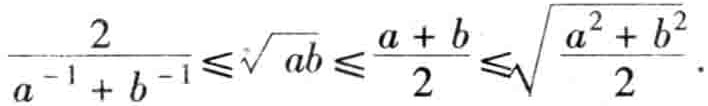
\frac{2}{a^{-1} + b^{-1}} \leqslant \sqrt{ab} \leqslant \frac{a + b}{2} \leqslant \sqrt{\frac{a^{2} + b^{2}}{2}}